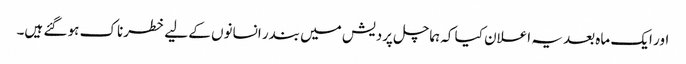
اور ایک ماہ بعد یہ اعلان کیا کہ ہماچل پردیش میں بندر انسانوں کے لیے خطرناک ہو گئے ہیں۔